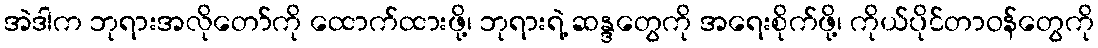
အဲဒါက ဘုရားအလိုတော်ကို ထောက်ထားဖို့၊ ဘုရားရဲ့ ဆန္ဒတွေကို အရေးစိုက်ဖို့၊ ကိုယ်ပိုင်တာဝန်တွေကို